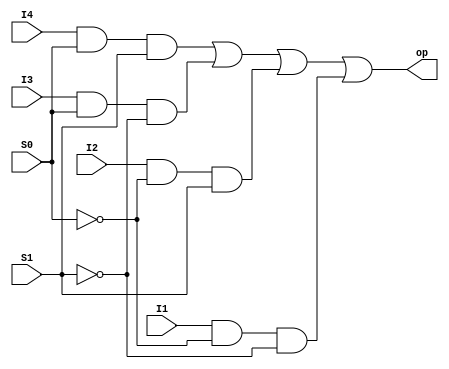
module MUX4(S0,S1,I1,I2,I3,I4,op);
	input S0,S1;
	input I1,I2,I3,I4;
	output op;
	assign op=I4&S0&S1 | I3&S0&!S1 | I2&!S0&S1 | I1&!S0&!S1 ;
	// assign op=( I1 & (S0 & S1) | I2 & (S0 & !S1) | I3 & (!S0 & S1) | I4 & (!S0 & !S1) ;
endmodule

module MUX16(S,I,op);
	input[3:0] S;
	input[15:0] I;
	output op;
	wire[3:0] w;
	MUX4 M0(S[1],S[0],I[0],I[1],I[2],I[3],w[0]);
	MUX4 M1(S[1],S[0],I[4],I[5],I[6],I[7],w[1]);
	MUX4 M2(S[1],S[0],I[8],I[9],I[10],I[11],w[2]);
	MUX4 M3(S[1],S[0],I[12],I[13],I[14],I[15],w[3]);

	MUX4 M4(S[3],S[2],w[0],w[1],w[2],w[3],op);
	
endmodule